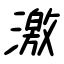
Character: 激